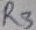
Text: R3